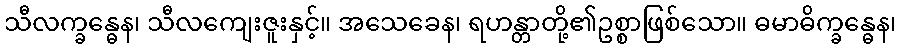
သီလက္ခန္ဓေန၊ သီလကျေးဇူးနှင့်။ အသေခေန၊ ရဟန္တာတို့၏ဥစ္စာဖြစ်သော။ ဓမာဓိက္ခန္ဓေန၊